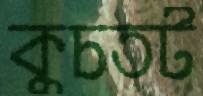
কুচতট